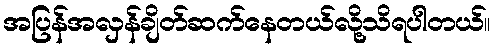
အပြန်အလှန်ချိတ်ဆက်နေတယ်လို့သိရပါတယ်။